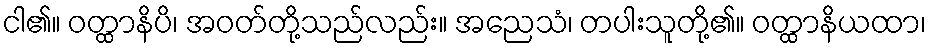
ငါ၏။ ဝတ္ထာနိပိ၊ အဝတ်တို့သည်လည်း။ အညေသံ၊ တပါးသူတို့၏။ ဝတ္ထာနိယထာ၊